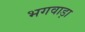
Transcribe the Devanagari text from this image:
भगवाड़ा